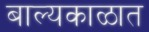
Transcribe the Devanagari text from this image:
बाल्यकाळात